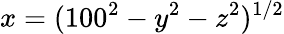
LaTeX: x=(100^{2}-y^{2}-z^{2})^{1/2}